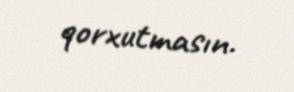
qorxutmasın.